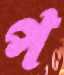
প